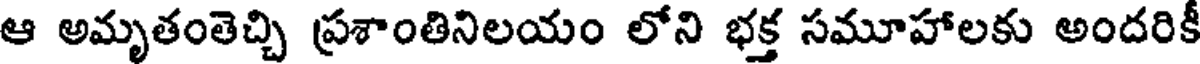
ఆ అమృతంతెచ్చి ప్రశాంతినిలయం లోని భక్త సమూహాలకు అందరికీ